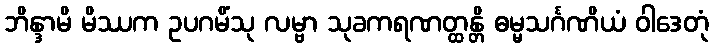
ဘိန္ဒာမိ မိဿက ဥပဂမိံသု လမ္ဗာ သုခကရဏတ္ထန္တိ ဓမ္မသင်္ဂဏိယံ ဝါဒေတုံ